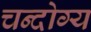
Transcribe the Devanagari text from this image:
चन्दोग्य